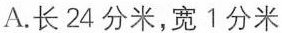
A. 长24分米，宽1分米